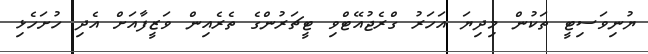
ޔުނިވަސިޓީ ތަކުން މިދިޔަ އަހަރު ގްރެޖުއޭޓްވި ޓީޗަރުންގެ ތެރެއިން ވަޒީފާއަށް އެދި ހުށަހެޅި